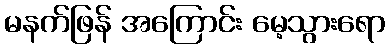
မနက်ဖြန် အကြောင်း မေ့သွားရော